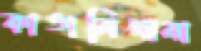
কাঙালিখানা